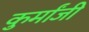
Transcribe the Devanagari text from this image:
कुर्मांजी